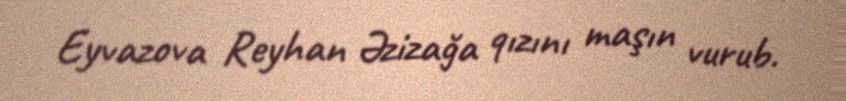
Eyvazova Reyhan Əzizağa qızını maşın vurub.